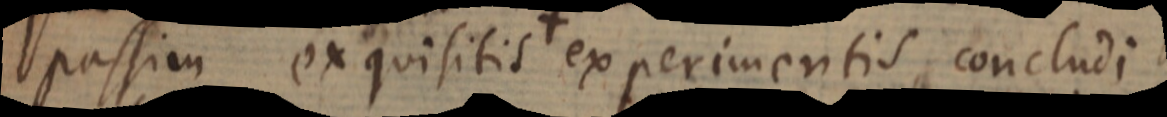
passim exquisitis + experimentis, concludi